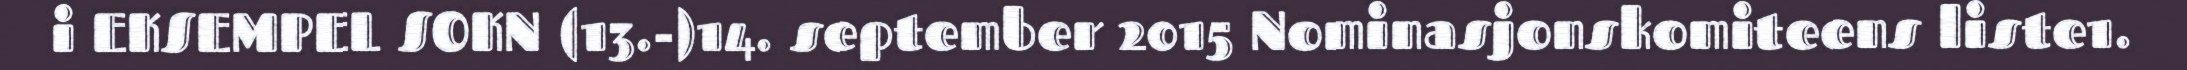
i EKSEMPEL SOKN (13.-)14. september 2015 Nominasjonskomiteens liste1.